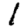
Digit: 1